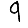
Digit: 9